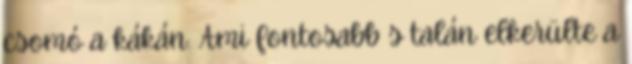
csomó a kákán. Ami fontosabb s talán elkerülte a